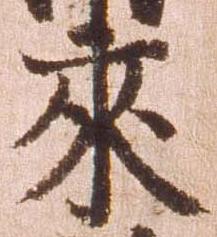
来